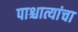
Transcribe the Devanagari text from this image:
पाश्चात्यांचा